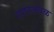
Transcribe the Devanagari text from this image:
नगरजवळ